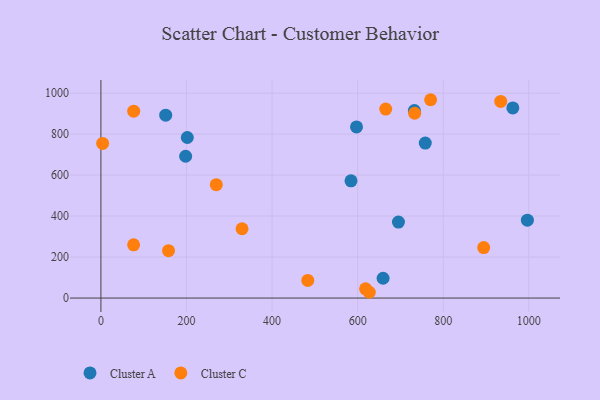
{"axis": {"x": "Engine Size", "y": "Fuel Efficiency"}, "legend": ["Cluster A", "Cluster C"], "data": [{"x": "659.4", "y": 96.7, "type": "Cluster A"}, {"x": "996.6", "y": 379.8, "type": "Cluster A"}, {"x": "201.9", "y": 783.3, "type": "Cluster A"}, {"x": "198.0", "y": 692.0, "type": "Cluster A"}, {"x": "732.5", "y": 915.1, "type": "Cluster A"}, {"x": "151.4", "y": 892.1, "type": "Cluster A"}, {"x": "695.3", "y": 370.5, "type": "Cluster A"}, {"x": "584.4", "y": 571.9, "type": "Cluster A"}, {"x": "758.0", "y": 756.0, "type": "Cluster A"}, {"x": "962.6", "y": 927.6, "type": "Cluster A"}, {"x": "597.3", "y": 835.2, "type": "Cluster A"}, {"x": "934.3", "y": 959.6, "type": "Cluster C"}, {"x": "627.2", "y": 28.2, "type": "Cluster C"}, {"x": "733.2", "y": 901.8, "type": "Cluster C"}, {"x": "894.5", "y": 246.1, "type": "Cluster C"}, {"x": "329.8", "y": 338.1, "type": "Cluster C"}, {"x": "4.0", "y": 754.3, "type": "Cluster C"}, {"x": "76.4", "y": 259.6, "type": "Cluster C"}, {"x": "665.6", "y": 922.3, "type": "Cluster C"}, {"x": "76.6", "y": 911.9, "type": "Cluster C"}, {"x": "269.6", "y": 553.1, "type": "Cluster C"}, {"x": "158.0", "y": 231.4, "type": "Cluster C"}, {"x": "618.5", "y": 45.2, "type": "Cluster C"}, {"x": "770.5", "y": 967.7, "type": "Cluster C"}, {"x": "483.4", "y": 86.1, "type": "Cluster C"}]}